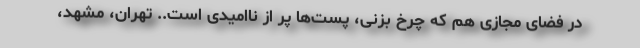
در فضای مجازی هم که چرخ بزنی، پست‌ها پر از ناامیدی است.. تهران، مشهد،